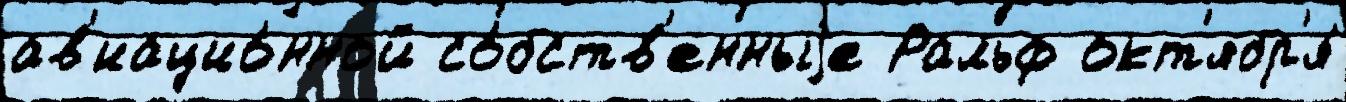
ав'иацио́нной со́бств'енныjе Ральф окт'ябр'я́